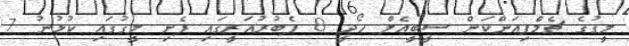
ލީގުގެ ޗެމްޕިއަންކަން ސީބީއެލް ހޯދީ 8 ފެބުރުއަރީގައި ފެށި ލީގުގައި ކުޅުނު 7